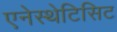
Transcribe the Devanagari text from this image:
एनेस्थेटिसिट